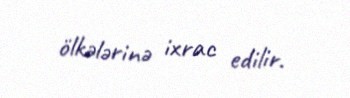
ölkələrinə ixrac edilir.